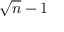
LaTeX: { \sqrt { n } } - 1